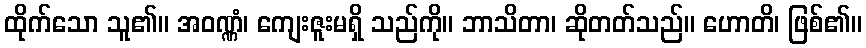
ထိုက်သော သူ၏။ အဝဏ္ဏံ၊ ကျေးဇူးမရှိ သည်ကို။ ဘာသိတာ၊ ဆိုတတ်သည်။ ဟောတိ၊ ဖြစ်၏။